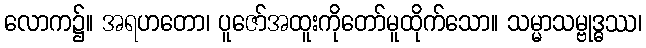
လောက၌။ အရဟတော၊ ပူဇော်အထူးကိုတော်မူထိုက်သော။ သမ္မာသမ္ဗုဒ္ဓဿ၊